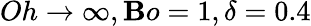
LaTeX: Oh\rightarrow\infty,\mathbf{B}o=1,\delta=0.4